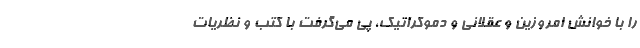
را با خوانش امروزین و عقلانی و دموکراتیک، پی می‌گرفت با کتب و نظریات